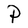
Character: P